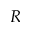
R